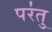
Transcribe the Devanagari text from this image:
पर॑तु